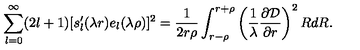
\sum _ { l = 0 } ^ { \infty } ( 2 l + 1 ) [ s _ { l } ^ { \prime } ( \lambda r ) e _ { l } ( \lambda \rho ) ] ^ { 2 } = \frac { 1 } { 2 r \rho } \int _ { r - \rho } ^ { r + \rho } \left( \frac { 1 } { \lambda } \frac { \partial { \cal D } } { \partial r } \right) ^ { 2 } R d R .